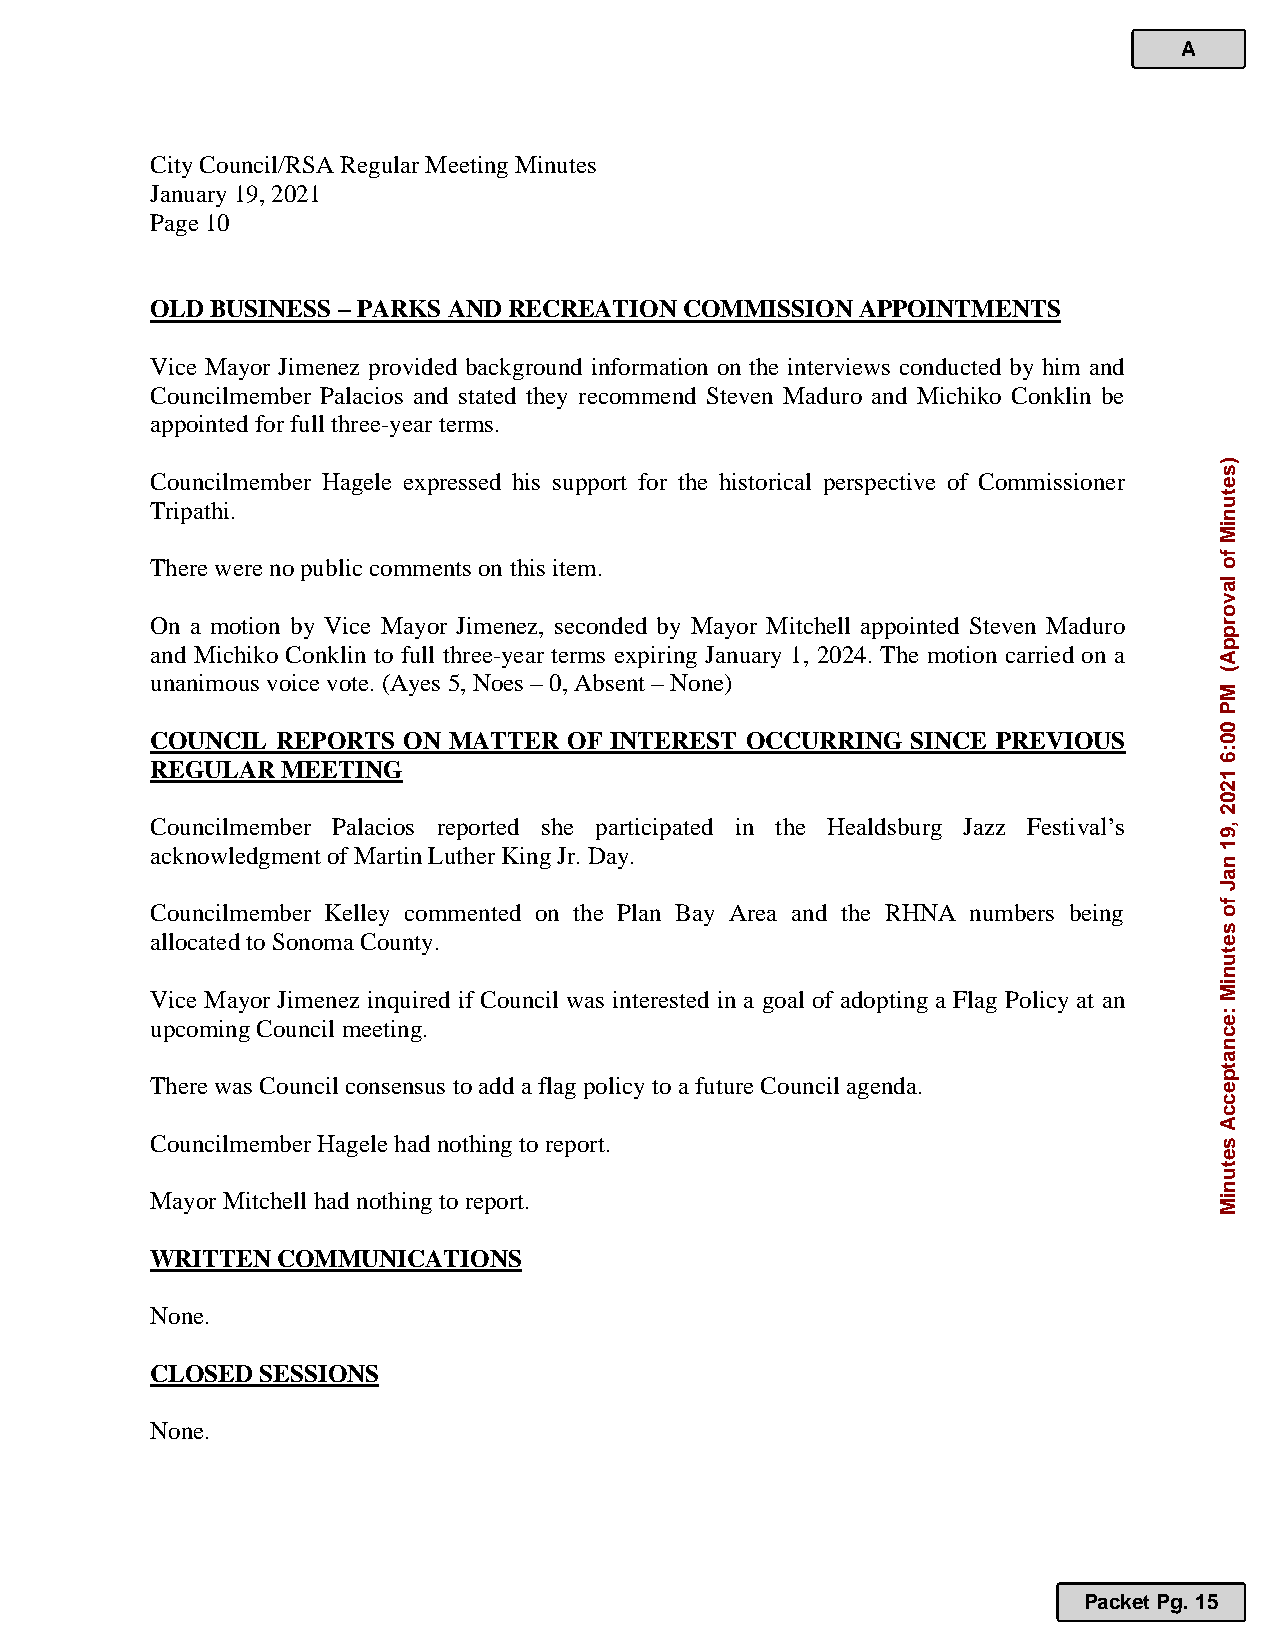
A
 City Council/RSA Regular Meeting Minutes
 January 19, 2021
 Page 10
 OLD BUSINESS – PARKS AND RECREATION COMMISSION APPOINTMENTS
 Vice Mayor Jimenez provided background information on the interviews conducted by him and
 Councilmember Palacios and stated they recommend Steven Maduro and Michiko Conklin be
 appointed for full three-year terms.
 Councilmember Hagele expressed his support for the historical perspective of Commissioner
 Tripathi.
 There were no public comments on this item.
 On a motion by Vice Mayor Jimenez, seconded by Mayor Mitchell appointed Steven Maduro
 and Michiko Conklin to full three-year terms expiring January 1, 2024. The motion carried on a
 unanimous voice vote. (Ayes 5, Noes – 0, Absent – None)
 COUNCIL REPORTS  ON MATTER  OF INTEREST OCCURRING SINCE PREVIOUS
 REGULAR  MEETING
 Councilmember Palacios reported she participated in the Healdsburg Jazz Festival’s
 acknowledgment of Martin Luther King Jr. Day.
 Councilmember Kelley commented on the Plan Bay Area and the RHNA numbers being
 allocated to Sonoma County.
 Vice Mayor Jimenez inquired if Council was interested in a goal of adopting a Flag Policy at an
 upcoming Council meeting.
 There was Council consensus to add a flag policy to a future Council agenda.
 Councilmember Hagele had nothing to report.
 Mayor Mitchell had nothing to report.
 WRITTEN COMMUNICATIONS
 None.
 CLOSED SESSIONS
 None.
 Packet Pg. 15
 )setuniM
 fo
 lavorppA(
 MP
 00:6
 1202
 ,91
 naJ
 fo
 setuniM
 :ecnatpeccA
 setuniM